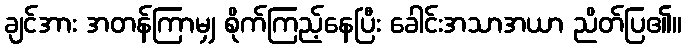
ချင်အား အတန်ကြာမျှ စိုက်ကြည့်နေပြီး ခေါင်းအသာအယာ ညိတ်ပြ၏။